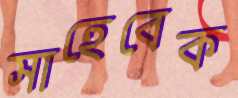
সাহেবেক